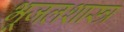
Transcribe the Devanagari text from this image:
भूजलशास्त्र